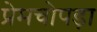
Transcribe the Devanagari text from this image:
प्रेमचोपड़ा